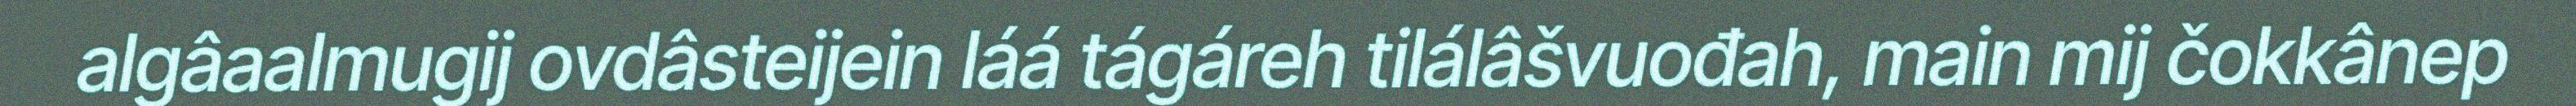
algâaalmugij ovdâsteijein láá tágáreh tilálâšvuođah, main mij čokkânep